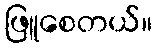
ဖြူစေတယ်။